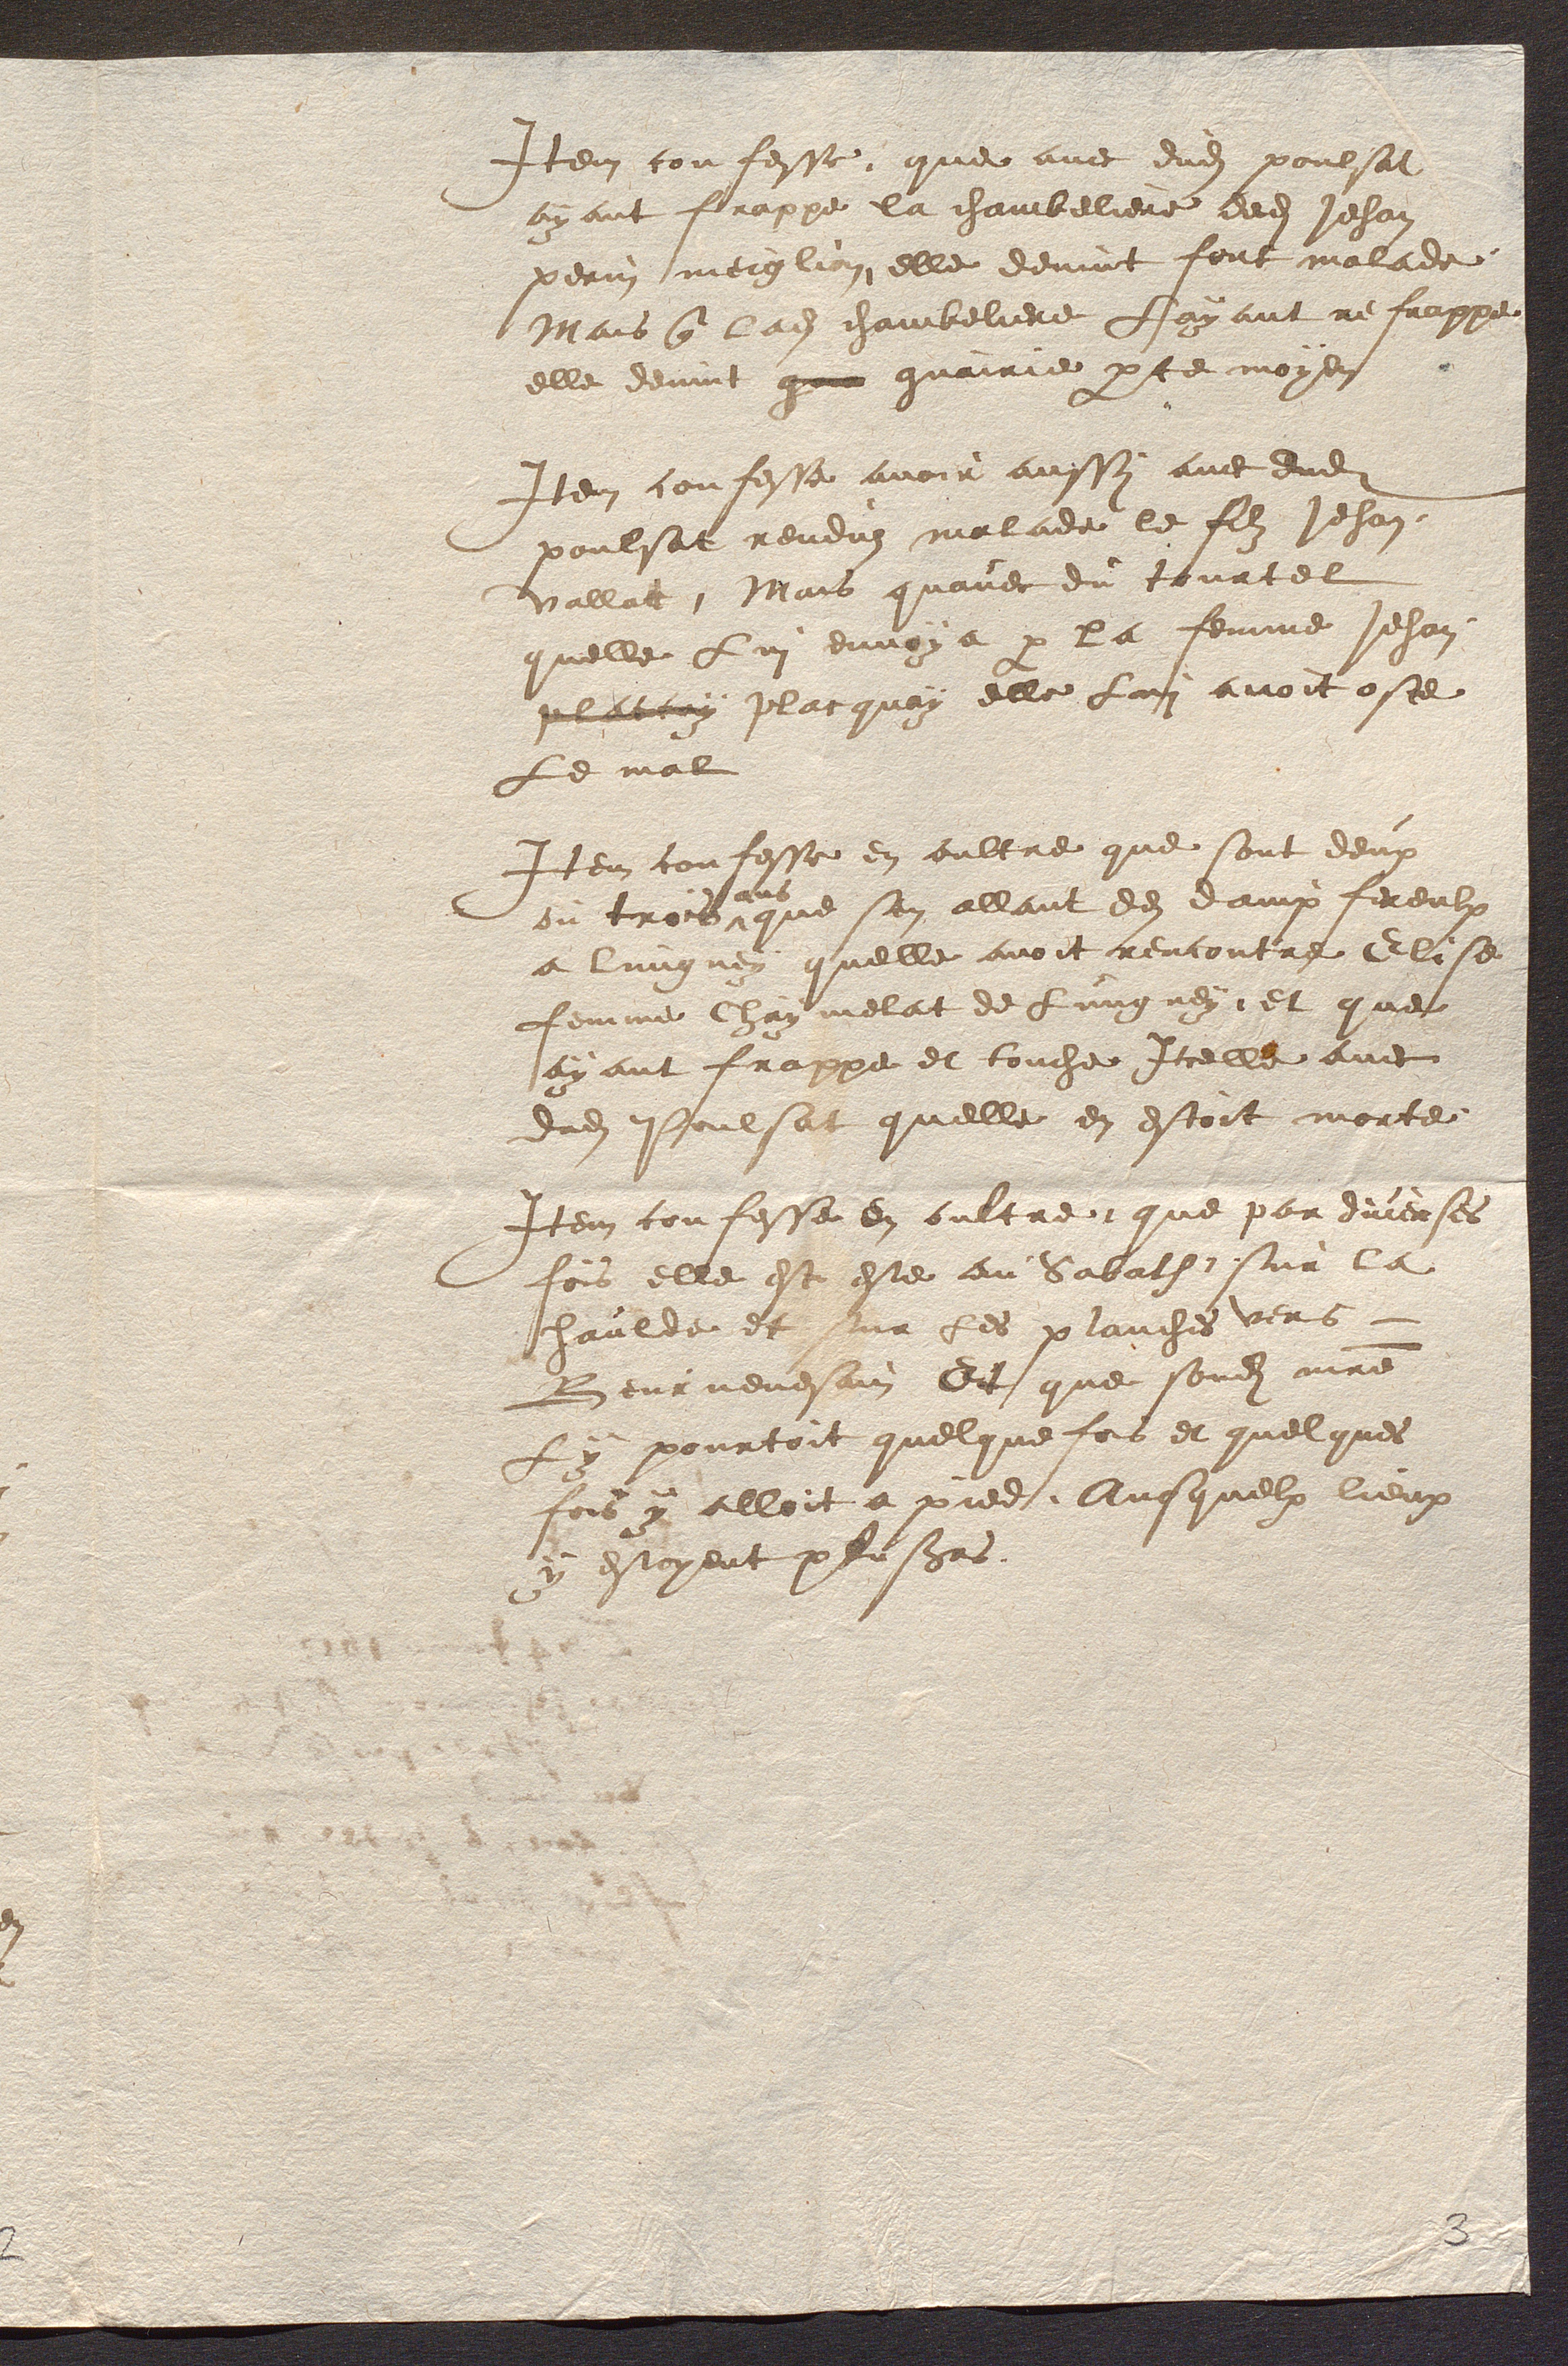
Item confesse, que avec dudit poulsat
ayant frappe la chambeliere dedit Jehan
perin meiglin elle devint fort malade
Mais que ladite chambeliere fayant re frappe
elle devint qu guairie par Le moyen
Item confesse avoir aussy avec dudit
poulsat rendus malade le filz Jehan
vallat. Mais quavec du tourtel
quelle Lui envoya par la femme Jehan
platcuy placquay elle Lui avoit oste
Le mal
Item confesse en oultre que sont deux
ou trois
ans
que son allant dez damp fereulx
a lungney quelle avoit rencontre Elise
femme Chaymelat de Lungney, et ques
ayant frappe et touche Iccelle avec
dudit Poulsat quelle en estoit morte
Item confesse en oultre, que par diverses
fois elle est este au Sabath sur la
Jhanlde et sur Les planches vers
Beurnevesain Dt que sondit maitre
y pourtoit quelque fois et quelques
fois y alloit a pied. Auesquelx lieux
y estoyent plusieurs.